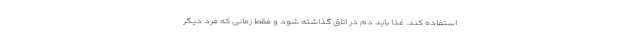
استفاده کند. غذا باید دم در اتاق گذاشته شود و فقط زمانی که فرد دیگر